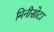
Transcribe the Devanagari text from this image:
मिनीसोटा